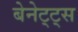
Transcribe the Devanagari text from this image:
बेनेट्ट्स